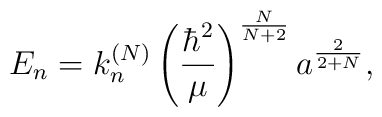
E_n=k_n^{(N)}\left( \frac{\hbar ^2}\mu \right) ^{\frac N{N+2}}a^{\frac2{2+N}},